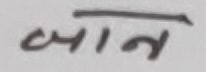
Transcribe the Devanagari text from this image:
जान